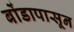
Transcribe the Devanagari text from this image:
बोंडापासून